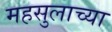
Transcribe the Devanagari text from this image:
महसुलाच्या